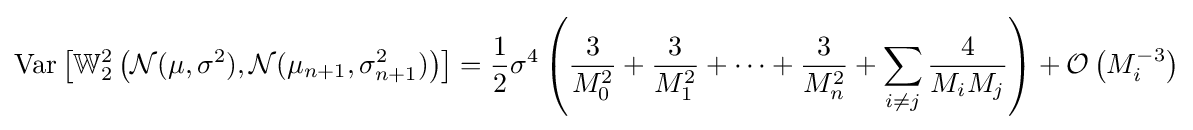
\operatorname {Var} \left[\mathbb {W} _{2}^{2}\left({\mathcal {N}}(\mu ,\sigma ^{2}),{\mathcal {N}}(\mu _{n+1},\sigma _{n+1}^{2})\right)\right]={\frac {1}{2}}\sigma ^{4}\left({\frac {3}{M_{0}^{2}}}+{\frac {3}{M_{1}^{2}}}+\dots +{\frac {3}{M_{n}^{2}}}+\sum _{i\neq j}{\frac {4}{M_{i}M_{j}}}\right)+{\mathcal {O}}\left(M_{i}^{-3}\right)